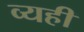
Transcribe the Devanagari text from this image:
व्यही